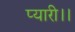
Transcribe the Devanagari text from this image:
प्यारी।।